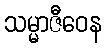
သမ္မာဇီဝေန